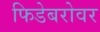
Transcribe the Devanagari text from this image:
फिडेबरोवर